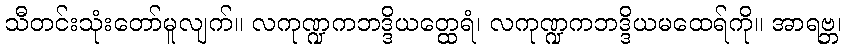
သီတင်းသုံးတော်မူလျက်။ လကုဏ္ဍကဘဒ္ဒိယတ္ထေရံ၊ လကုဏ္ဍကဘဒ္ဒိယမထေရ်ကို။ အာရဗ္ဘ၊